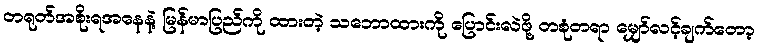
တရုတ်အစိုးရအနေနဲ့ မြန်မာပြည်ကို ထားတဲ့ သဘောထားကို ပြောင်းလဲဖို့ တစုံတရာ မျှော်လင့်ချက်တော့